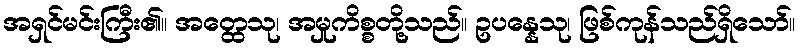
အရှင်မင်းကြီး၏။ အတ္ထေသု၊ အမှုကိစ္စတို့သည်။ ဥပန္နေသု၊ ဖြစ်ကုန်သည်ရှိသော်။